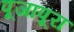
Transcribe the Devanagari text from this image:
पूजापूरा